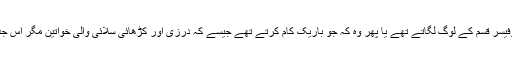
پہلے یہ عینک بوڑھے یا پھر پروفیسر قسم کے لوگ لگاتے تھے یا پھر وہ کہ جو باریک کام کرتے تھے جیسے کہ درزی اور کڑھائی سلائی والی خواتین مگر اس جدید دور میں یہ تعصب ختم ہو گیا۔